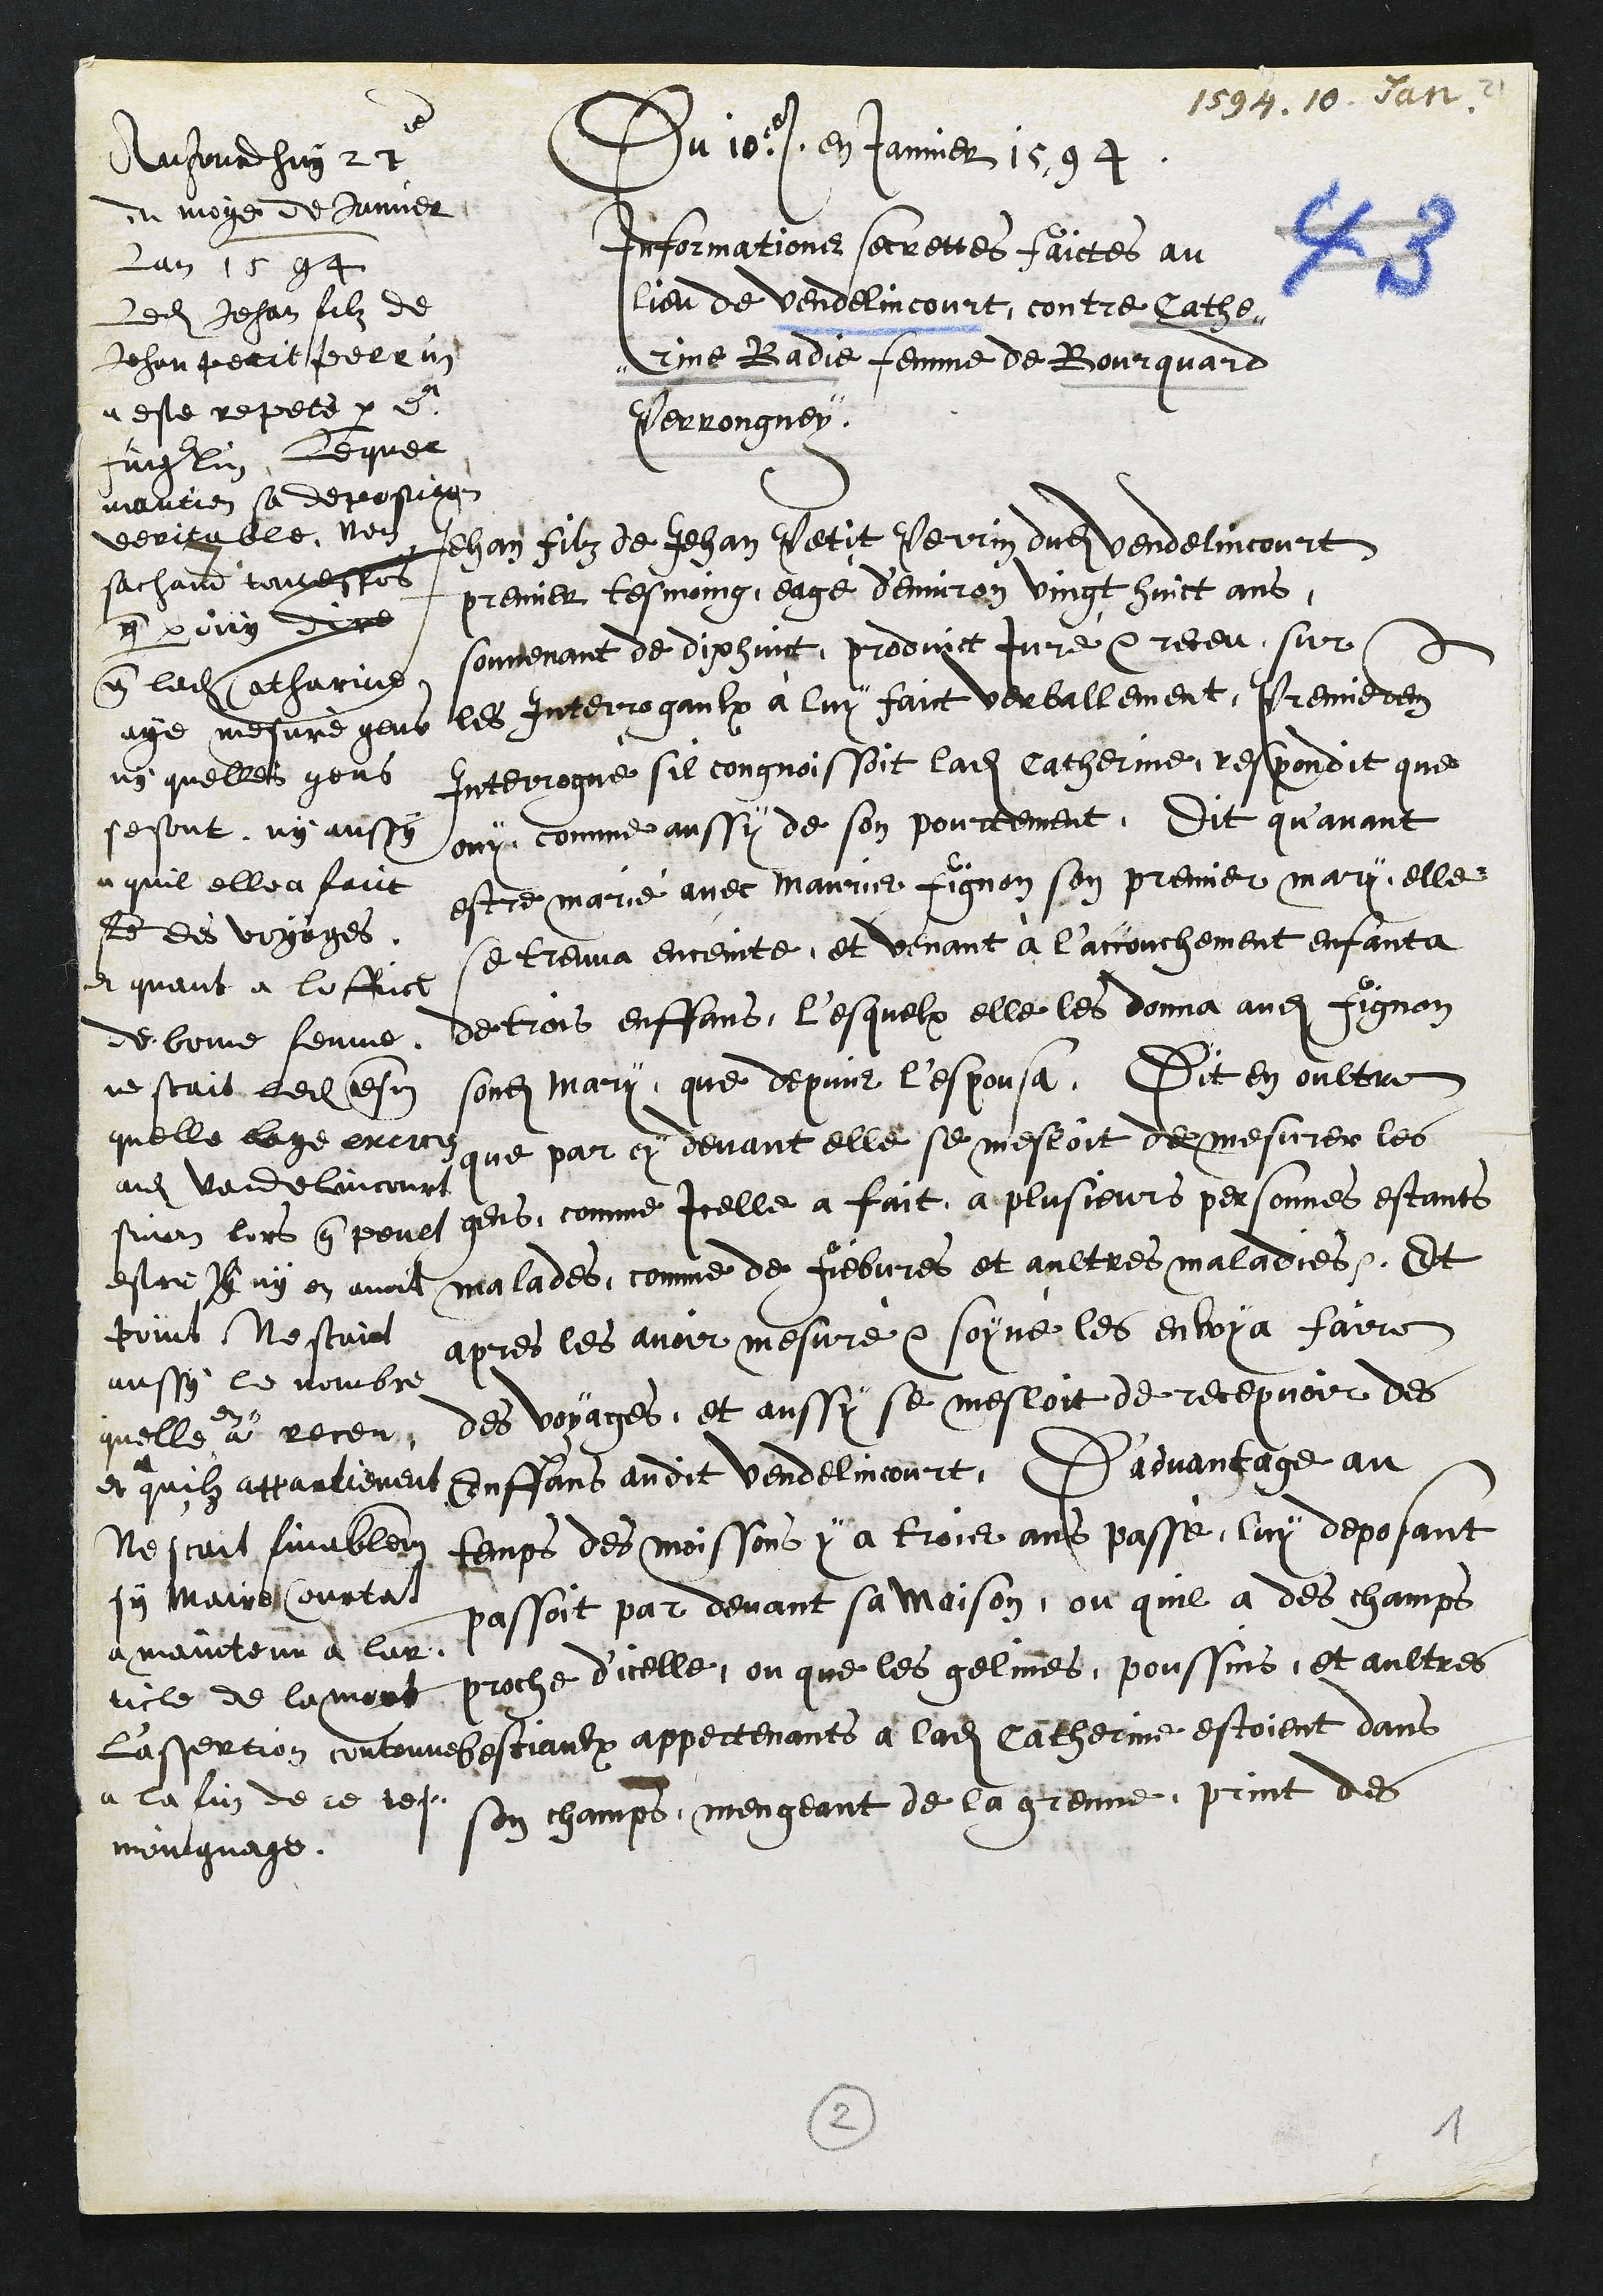
1594. 10. Jan.
Du 10e en janvier 1594
Informations secrettes faictes au
lieu de Vendelincourt, contre Cathe¬
rine Badie femme de Bourquard
Perrongney
Jehan filz de Jehan Petit Perrin dudit Vendelincourt
premier tesmoing, eagé d'environ vingt huict ans
souvenant de dix huict, produit Juré et receu sur
les Interrogaulx à luy faict verballement, Premierement
Interrogué sil congnoissoit ladite Catherine, respondit que
ouy comme aussy de son pourtement. Dit qu'avant
estre marié avec Maurice Fignon son premier mary, elle
se treuva enceinte, et venant à l'accouchement enfanta
de trois enffans, l'esquelx elle les donna audit Fignon
sondit mari, que depuis lespousa. Dit en oultre
que par cy devant elle se mesloit de mesurer les
gens, comme icelle a fait a plusieurs personnes estants
malades, comme de fiebvres et aultres maladies. Et
apres les avoir mesuré et soyné les envoya faire
des voyages, et aussy se mesloit de recepvoir des
Enffans audit Vendelincourt, D'advantage au
temps des moissons y a trois ans passé, luy deposant
passoit par devant sa maison, ou quil a des champs
proche d'icelle, ou que les gelines, poussins, et aultres
bestiaulx appertenants à ladite Catherine estoient dans
son champs, mengeant de la grenne, print des
Aujourdhuy 27e
du moys de Janvier
Lan 1594
Ledit Jehan filz de
Jehan Perit Perrin
a este repeté par Dr
Fingerlin, Lequel
mantien sa depostion
veritable, Nen
sachand toutesfois
que par ouy dire
que ladite Catherinne
aye mesuré gens
ny quelles gens
se sont, ny aussy
a quil elle a faict
fe des voyages.
et quant a loffice
de bonne femme
ne scait ledit tesm
quelle laye exercez
audit Vendelincourt
sinon lors que peult
estre Il ny en avoit
point Ne scaict
aussy le nombre
quelle
en
a receu
et
a
quilz appartienent
Ne scait finablement
sy maire Courtat
a maintenu à lar¬
ticle de la mort
l'assertion contenue
a la fin de ce tes¬
moingnage.